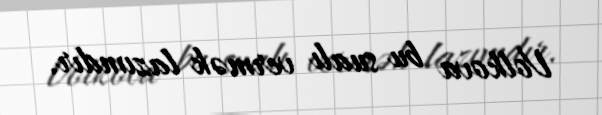
Volkova bu sualı vermək lazımdır.